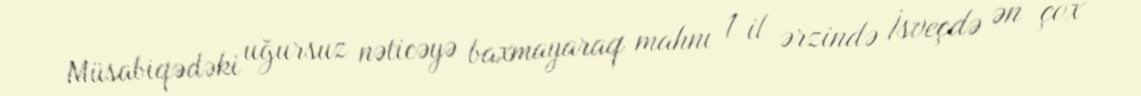
Müsabiqədəki uğursuz nəticəyə baxmayaraq mahnı 1 il ərzində İsveçdə ən çox